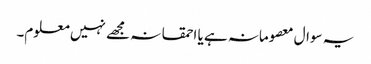
یہ سوال معصومانہ ہے یا احمقانہ مجھے نہیں معلوم۔